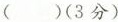
( )(3分)